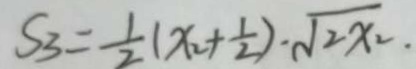
S _ { 3 } = \frac { 1 } { 2 } ( x _ { 2 } + \frac { 1 } { 2 } ) \cdot \sqrt { 2 x _ { 2 } . }